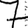
Digit: 7